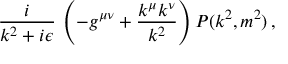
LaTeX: { \frac { i } { k ^ { 2 } + i \epsilon } } \, \left( - g ^ { \mu \nu } + { \frac { k ^ { \mu } k ^ { \nu } } { k ^ { 2 } } } \right) { \cal P } ( k ^ { 2 } , m ^ { 2 } ) \, ,